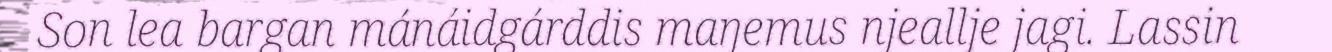
Son lea bargan mánáidgárddis maŋemus njeallje jagi. Lassin